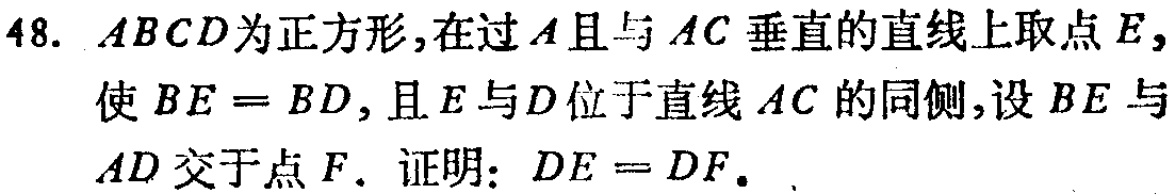
48. \(ABCD\)为正方形，在过\(A\)且与\(AC\)垂直的直线上取点\(E\)，使\(BE = BD\)，且\(E\)与\(D\)位于直线\(AC\)的同侧，设\(BE\)与\(AD\)交于点\(F\). 证明：\(DE = DF\).